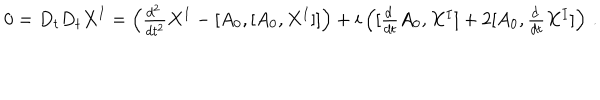
0 = D _ { t } D _ { t } X ^ { I } = \left( \textstyle { \frac { d ^ { 2 } \, } { d t ^ { 2 } } } X ^ { I } - [ A _ { 0 } , [ A _ { 0 } , X ^ { I } ] ] \right) + i \left( [ \textstyle { \frac { d \, } { d t } } A _ { 0 } , X ^ { I } ] + 2 [ A _ { 0 } , \textstyle { \frac { d \, } { d t } } X ^ { I } ] \right) \, .